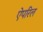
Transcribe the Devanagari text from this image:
ऐपरिल